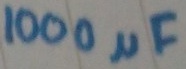
Text: 100µF